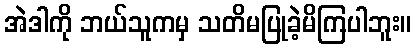
အဲဒါကို ဘယ်သူကမှ သတိမပြုခဲ့မိကြပါဘူး။